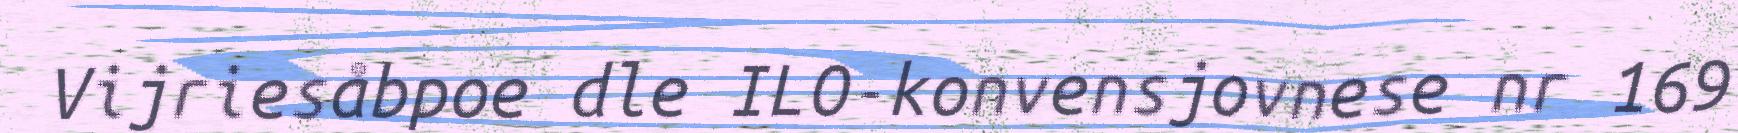
Vijriesåbpoe dle ILO-konvensjovnese nr 169